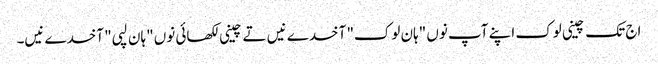
اج تک چینی لوک اپنے آپ نوں "ہان لوک" آخدے نیں تے چینی لکھائی نوں "ہان لپی" آخدے نیں۔